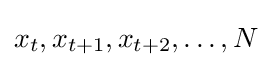
x_{t},x_{t+1},x_{t+2},\ldots ,N